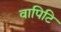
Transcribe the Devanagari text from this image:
वापिटि